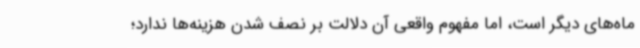
ماه‌های دیگر است، اما مفهوم واقعی آن دلالت بر نصف شدن هزینه‌ها ندارد؛